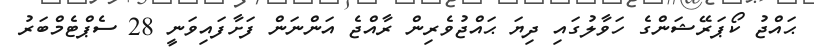
ޙައްޖު ކޯޕަރޭޝަންގެ ހަވާލުގައި ދިޔަ ޙައްޖުވެރިން ރާއްޖެ އަންނަން ފަށާފައިވަނީ 28 ސެޕްޓެމްބަރު